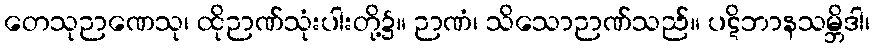
တေသုဉာဏေသု၊ ထိုဉာဏ်သုံးပါးတို့၌။ ဉာဏံ၊ သိသောဉာဏ်သည်။ ပဋိဘာနသမ္ဘိဒါ၊